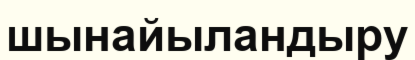
шынайыландыру